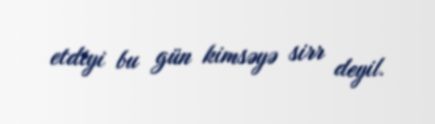
etdiyi bu gün kimsəyə sirr deyil.